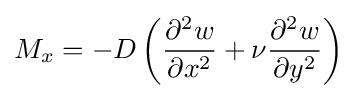
M_{x}=-D\left({\frac {\partial ^{2}w}{\partial x^{2}}}+\nu {\frac {\partial ^{2}w}{\partial y^{2}}}\right)